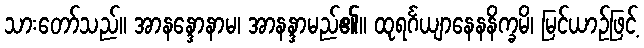
သားတော်သည်။ အာနန္ဒောနာမ၊ အာနန္ဒာမည်၏။ ထုရင်္ဂယျာနေနနိက္ခမိ၊ မြင်ယာဉ်ဖြင့်